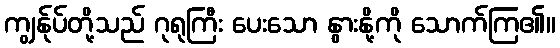
ကျွန်ုပ်တို့သည် ဂုရုကြီး ပေးသော နွားနို့ကို သောက်ကြ၏။